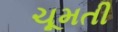
ચૂમતી